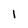
Character: l